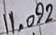
Text: 11.092